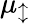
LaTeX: \mu_{\updownarrow}